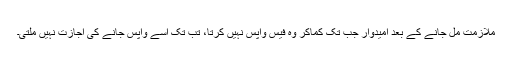
ملازمت مل جانے کے بعد امیدوار جب تک کماکر وہ فیس واپس نہیں کرتا، تب تک اسے واپس جانے کی اجازت نہیں ملتی۔